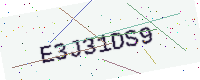
Text: E3J31DS9